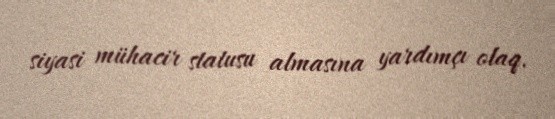
siyasi mühacir statusu almasına yardımçı olaq.